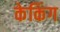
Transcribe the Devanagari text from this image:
केकिंग